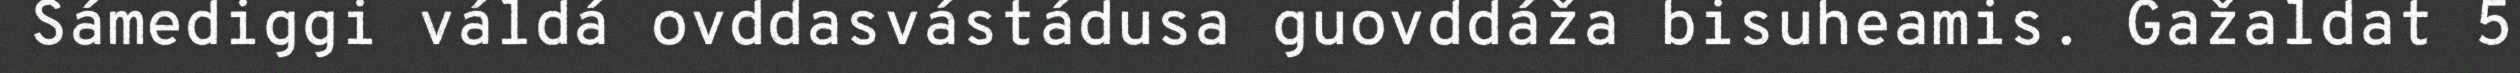
Sámediggi váldá ovddasvástádusa guovddáža bisuheamis. Gažaldat 5